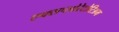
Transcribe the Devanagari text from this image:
एक्सप्लोरेटोरिअम